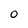
Character: 0